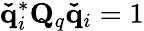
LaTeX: \mathbf{\check{q}}_{i}^{*}\mathbf{Q}_{q}\mathbf{\check{q}}_{i}=1